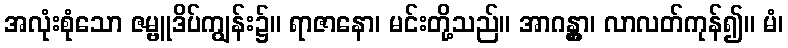
အလုံးစုံသော ဇမ္ဗူဒိပ်ကျွန်း၌။ ရာဇာနော၊ မင်းတို့သည်။ အာဂန္တွာ၊ လာလတ်ကုန်၍။ မံ၊